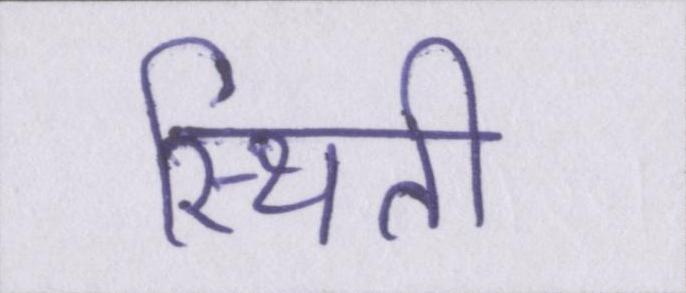
स्थिती